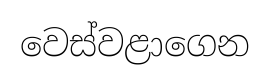
වෙස්වළාගෙන